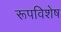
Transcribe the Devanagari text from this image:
रूपविशेष